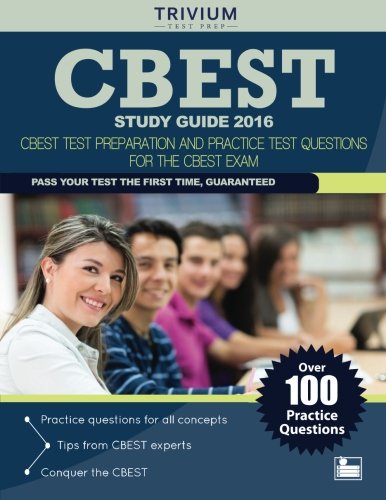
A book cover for CBEST Study Guide 2016: CBEST Test Preparation and Practice Test Questions for the CBEST Exam; Trivium; Test Preparation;